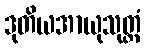
ဒုတိယအာယုသုတ္တံ